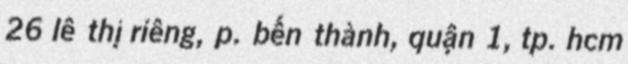
26 lê thị riêng, p. bến thành, quận 1, tp. hcm